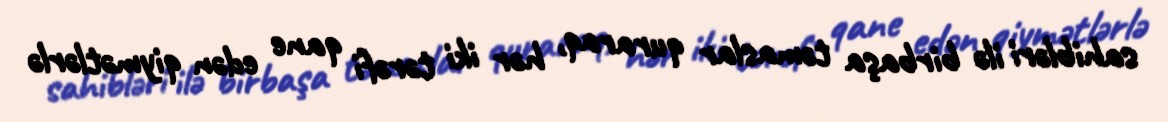
sahibləri ilə birbaşa təmaslar quraraq, hər iki tərəfi qane edən qiymətlərlə